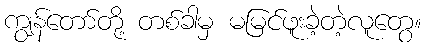
ကျွန်တော်တို့ တစ်ခါမှ မမြင်ဖူးခဲ့တဲ့လူတွေ။